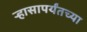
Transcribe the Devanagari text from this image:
ऱ्हासापर्यंतच्या